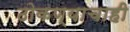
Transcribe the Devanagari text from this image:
ठोकण्याचाही